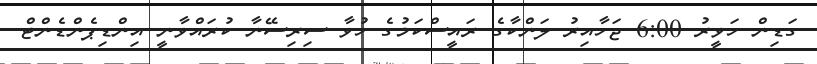
ގަޑިން ހަވީރު 6:00 ޖަހާއިރު ލަންކާގެ ރައީސްކަމުގެ ހުވާ ސިރިސޭނާ ކުރައްވާނީ އިންޑިޕެންޑެންޓް